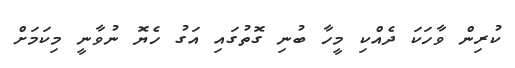
ކުރިން ވާހަކަ ދެއްކި މީހާ ބުނި ގޮތުގައި އަގު ހެޔޮ ނުވާނީ މިކަމަށް